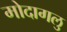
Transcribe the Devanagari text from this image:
मोदागलु